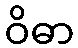
ဝိဓာ